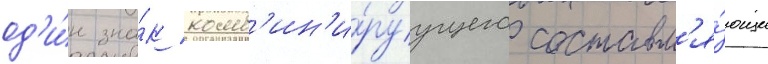
од'и́н зна́к комб'ин'и́руущего составл'я́ющие